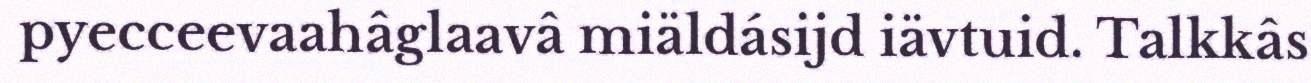
pyecceevaahâglaavâ miäldásijd iävtuid. Talkkâs